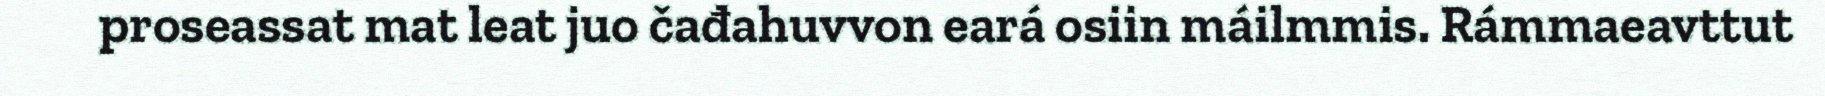
proseassat mat leat juo čađahuvvon eará osiin máilmmis. Rámmaeavttut